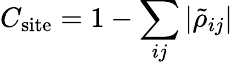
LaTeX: C_{\textrm{site}}=1-\sum_{ij}|\tilde{\rho}_{ij}|